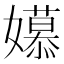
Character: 𫲎